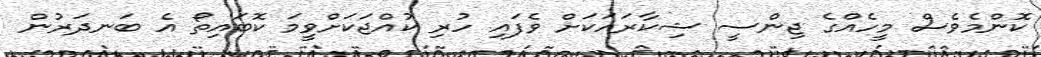
ކޮންމެވެސް މީހެއްގެ ޖިންސީ ޝިކާރައަކަށް ވެފައި ހުރި ކުއްޖަކަށްވީމަ ކޮބައިތޯ އެ ބަނދަރުން